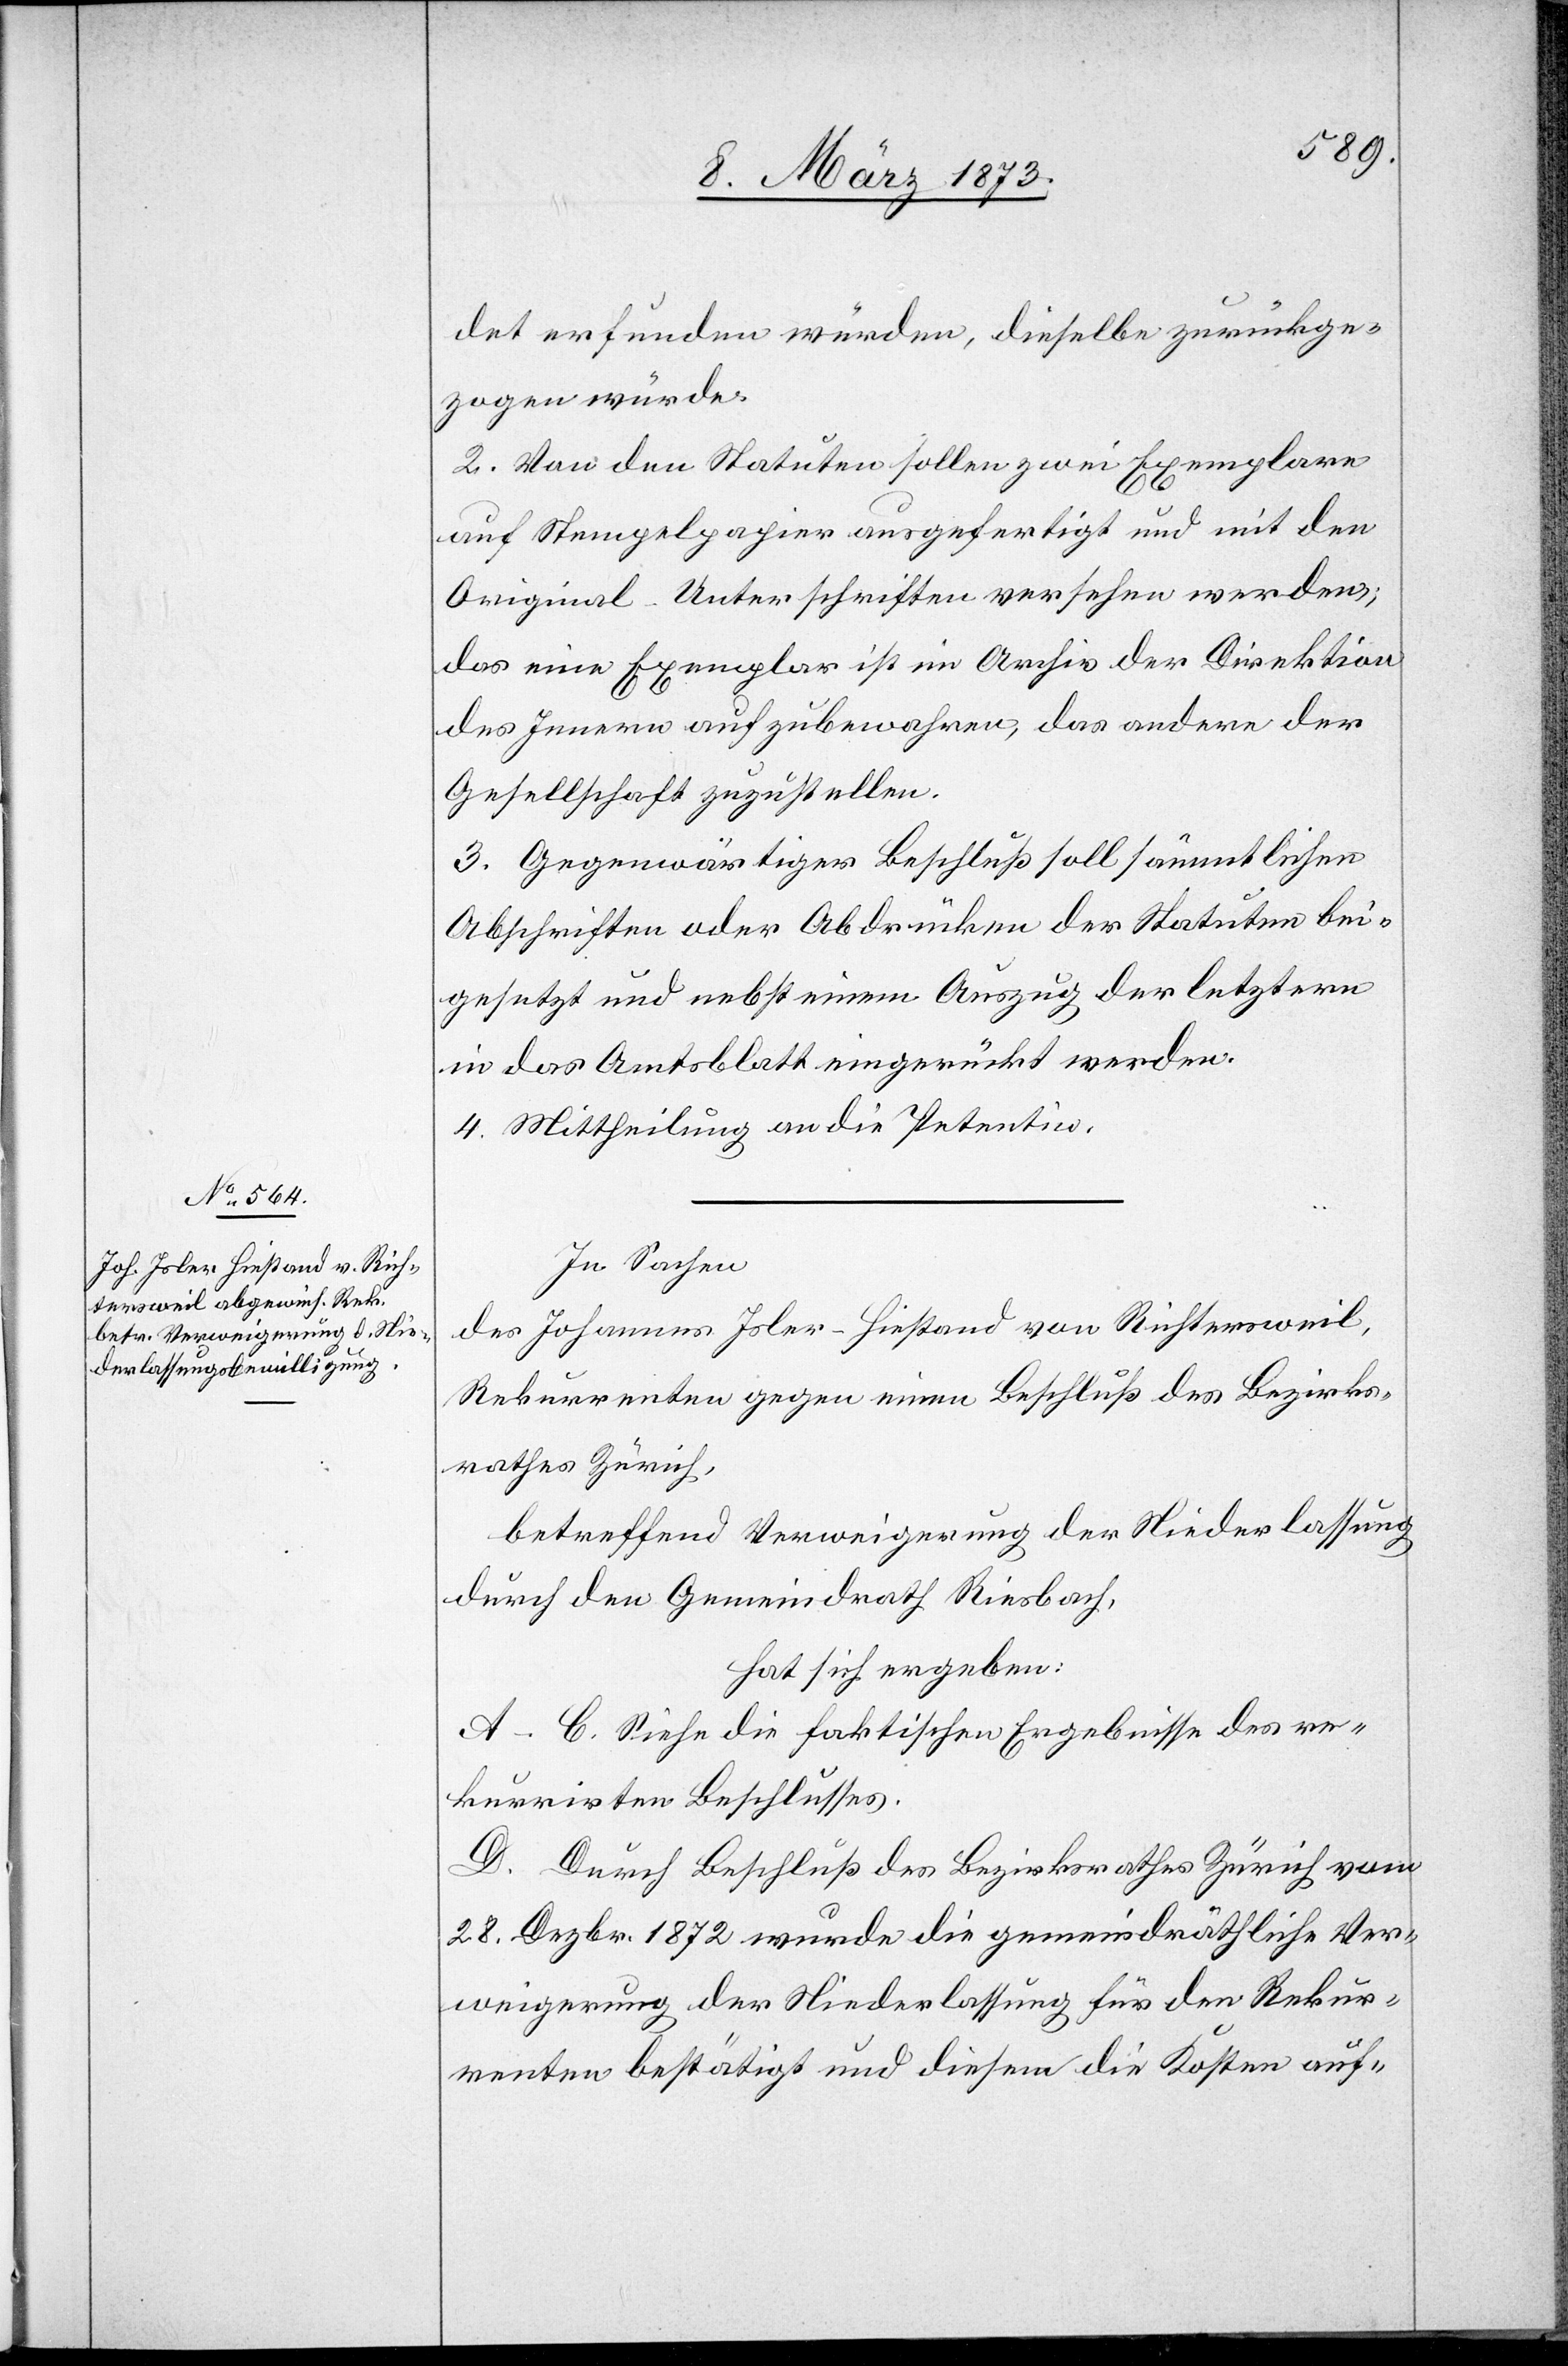
det erfunden würden, dieselbe zurückge¬
zogen würde.
2. Von den Statuten sollen zwei Exemplare
auf Stempelpapier ausgefertigt und mit den
Original-Unterschriften versehen werden;
das eine Exemplar ist im Archiv der Direktion
des Innern aufzubewahren, das andere der
Gesellschaft zuzustellen.
3. Gegenwärtiger Beschluß soll sämmtlichen
Abschriften oder Abdrücken der Statuten bei¬
gesetzt und nebst einem Auszug der letztern
in das Amtsblatt eingerückt werden.
4. Mittheilung an die Petentin.
In Sachen
des Johannes Joler-Hiestand von Richtersweil,
Rekurrenten gegen einen Beschluß des Bezirks¬
rathes Zürich,
betreffend Verweigerung der Niederlassung
durch den Gemeindrath Riesbach,
hat sich ergeben:
A–C. Siehe die faktischen Ergebnisse des re¬
kurrirten Beschlusses.
D. Durch Beschluß des Bezirksrathes Zürich vom
28. Dezbr. 1872 wurde die gemeindräthliche Ver¬
weigerung der Niederlassung für den Rekur¬
renten bestätigt und diesem die Kosten auf-